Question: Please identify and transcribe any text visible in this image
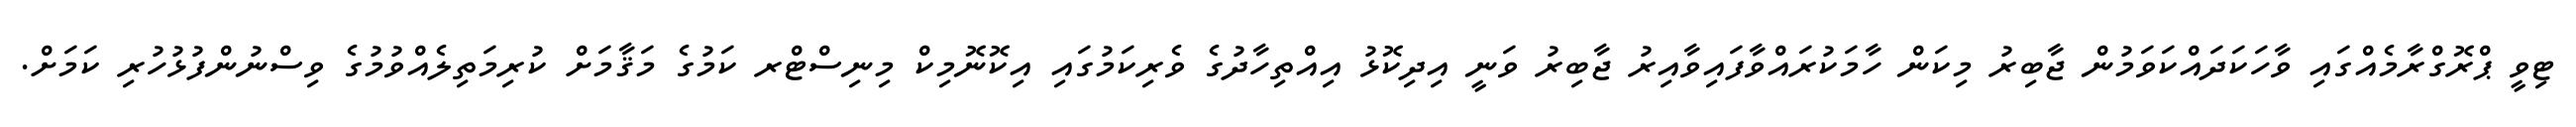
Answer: ޓިވީ ޕްރޮގްރާމެއްގައި ވާހަކަދައްކަވަމުން ޖާބިރު މިކަން ހާމަކުރައްވާފައިވާއިރު ޖާބިރު ވަނީ އިދިކޮޅު އިއްތިހާދުގެ ވެރިކަމުގައި އިކޮނޮމިކް މިނިސްޓްރ ކަމުގެ މަޤާމަށް ކުރިމަތިލެއްވުމުގެ ވިސްނުންފުޅުހުރި ކަމަށް.